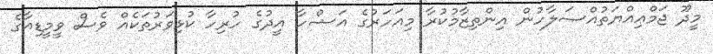
މީދޫ ޖަމްޢިއްޔަތުއްޞަލާހުން އިންތިޒާމުކުރާ މިއަހަރުގެ އަޟްހާ އީދުގެ ހުރިހާ ކުޅިވަރުތަކެއް ވެސް ވީމީޑިއާގެ